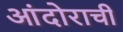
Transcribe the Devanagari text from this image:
आंदोराची